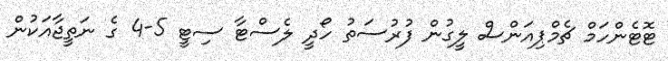
ޓޮޓެންހަމް ޗެމްޕިއަންސް ލީގުން ފުރުސަތު ހޯދީ ލެސްޓާ ސިޓީ 5-4 ގެ ނަތީޖާއަކުން